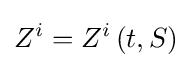
Z^{i}=Z^{i}\left(t,S\right)